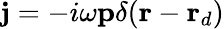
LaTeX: \mathbf{j}=-i\omega\mathbf{p}\delta(\mathbf{r}-\mathbf{r}_{d})